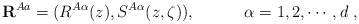
\begin{align*}{\bf R}^{Aa} = (R^{A\alpha}(z), S^{A\alpha}(z,\zeta) ), \quad \quad \quad\alpha = 1,2,\cdots,d\ ,\end{align*}